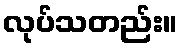
လုပ်သတည်း။